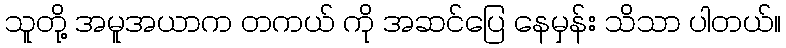
သူတို့ အမူအယာက တကယ် ကို အဆင်ပြေ နေမှန်း သိသာ ပါတယ်။